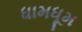
ધામધૂમ